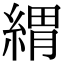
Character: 緭